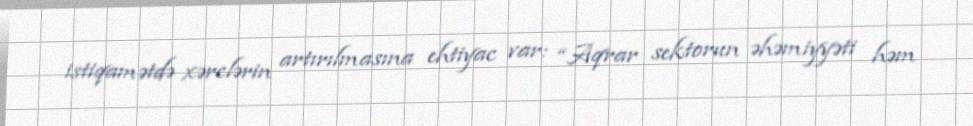
istiqamətdə xərclərin artırılmasına ehtiyac var: “Aqrar sektorun əhəmiyyəti həm